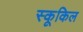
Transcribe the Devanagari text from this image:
स्कूकिल